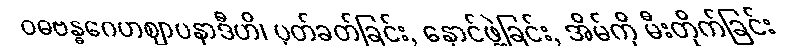
ဝဓဗန္ဓဂေဟဈာပနာဒီဟိ၊ ပုတ်ခတ်ခြင်း, နှောင်ဖွဲ့ခြင်း, အိမ်ကို မီးတိုက်ခြင်း